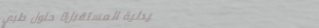
صيدلية المستقبل: حلول طبي